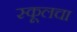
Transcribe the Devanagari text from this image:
स्कूलचा